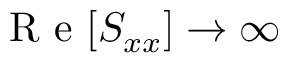
\mathrm { ~ R ~ e ~ } [ S _ { x x } ] \rightarrow \infty